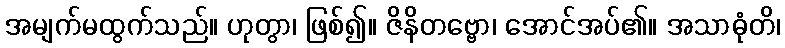
အမျက်မထွက်သည်။ ဟုတွာ၊ ဖြစ်၍။ ဇိနိတဗ္ဗော၊ အောင်အပ်၏။ အသာဓုံတိ၊